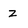
Character: z